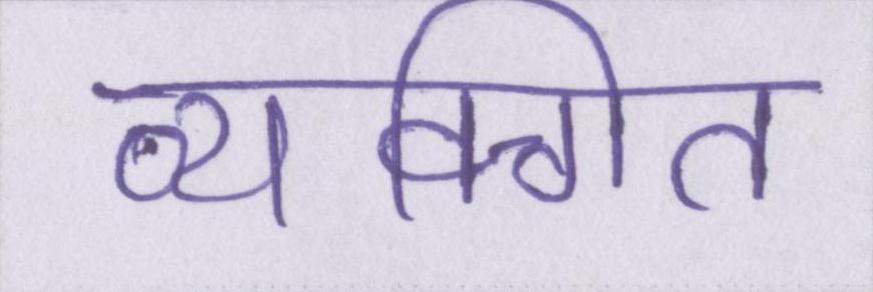
व्यक्गित